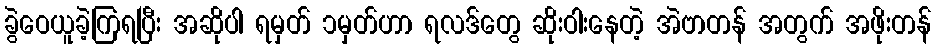
ခွဲဝေယူခဲ့ကြရပြီး အဆိုပါ ရမှတ် ၁မှတ်ဟာ ရလဒ်တွေ ဆိုးဝါးနေတဲ့ အဲဗာတန် အတွက် အဖိုးတန်